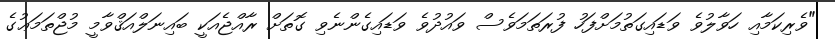
"ވެރިކަމާއި ހަވާލުވެ ވަޑައިގަތުމަށްފަހު ފުރަތަމަވެސް ވައުދުވެ ވަޑައިގެންނެވި ގޮތަށް ރާއްޖެއަކީ ބައިނަލްއަޤްވާމީ މުޖްތަމަޢުގެ